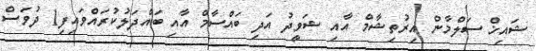
ޝައިޚް ސަލްމާން އިރުތިޝާމް އާއި ޝަވީދު އަދި ބައްސާމް އާއި ބައްދަލުކުރައްވައިފި1 ދުވަސް